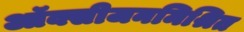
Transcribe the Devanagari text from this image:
ऑक्सीजनमिश्रित